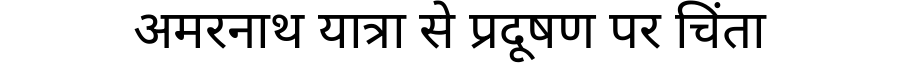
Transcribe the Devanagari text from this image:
अमरनाथ यात्रा से प्रदूषण पर चिंता